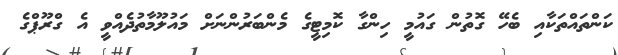
ކަންތައްތަކާއި ބެހޭ ގޮތުން ގައުމީ ހިންގާ ކޮމިޓީގެ މެންބަރުންނަށް މައުލޫމާތުދެއްވީ އެ ގްރޫޕްގެ